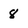
Character: 8